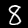
Digit: 8